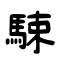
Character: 駷